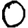
Digit: 0